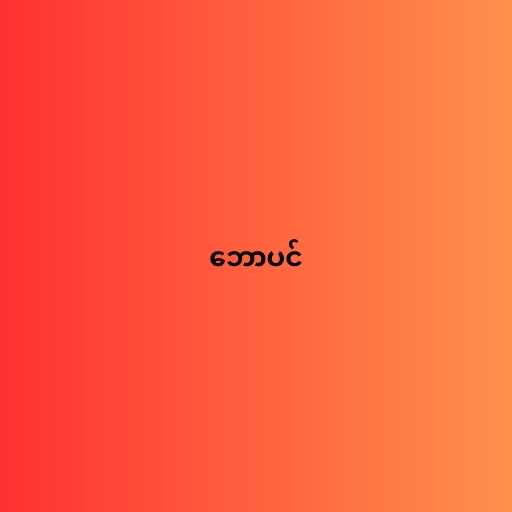
ဘောပင်